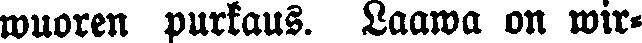
wuoren purkaus. Laawa on wir-